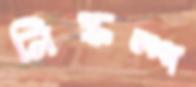
নিষ্কম্প